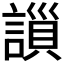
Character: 𧫇